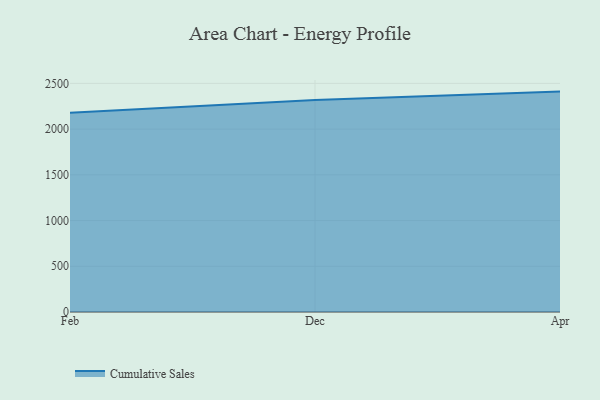
{"axis": {"x": "Month", "y": "Revenue (USD Million)"}, "legend": ["Cumulative Sales"], "data": [{"x": "Feb", "y": 2180.0, "type": "Cumulative Sales"}, {"x": "Dec", "y": 2317.7, "type": "Cumulative Sales"}, {"x": "Apr", "y": 2410.2, "type": "Cumulative Sales"}]}